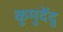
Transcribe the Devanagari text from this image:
कुमुदेंदु